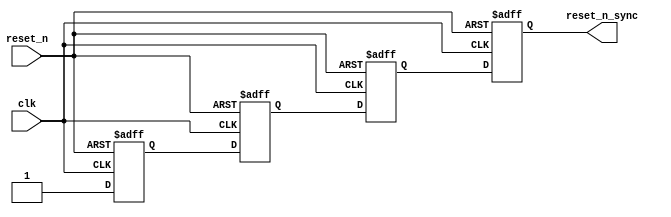
// (C) 2001-2013 Altera Corporation. All rights reserved.
// Your use of Altera Corporation's design tools, logic functions and other 
// software and tools, and its AMPP partner logic functions, and any output 
// files any of the foregoing (including device programming or simulation 
// files), and any associated documentation or information are expressly subject 
// to the terms and conditions of the Altera Program License Subscription 
// Agreement, Altera MegaCore Function License Agreement, or other applicable 
// license agreement, including, without limitation, that your use is for the 
// sole purpose of programming logic devices manufactured by Altera and sold by 
// Altera or its authorized distributors.  Please refer to the applicable 
// agreement for further details.



`timescale 1 ps / 1 ps

module hps_sdram_p0_reset_sync(
	reset_n,
	clk,
	reset_n_sync
);

parameter RESET_SYNC_STAGES = 4;
parameter NUM_RESET_OUTPUT = 1;

input	reset_n;
input	clk;
output	[NUM_RESET_OUTPUT-1:0] reset_n_sync;




// identify the synchronizer chain so that Quartus can analyze metastability.
// Since these resets are localized to the PHY alone, make them routed locally
// to avoid using global networks.
(* altera_attribute = {"-name SYNCHRONIZER_IDENTIFICATION FORCED_IF_ASYNCHRONOUS; -name GLOBAL_SIGNAL OFF"}*) reg	[RESET_SYNC_STAGES+NUM_RESET_OUTPUT-2:0] reset_reg /*synthesis dont_merge */;

generate
genvar i;
	for (i=0; i<RESET_SYNC_STAGES+NUM_RESET_OUTPUT-1; i=i+1)
	begin: reset_stage
		always @(posedge clk or negedge reset_n)
		begin
			if (~reset_n)
				reset_reg[i] <= 1'b0;
			else
			begin
				if (i==0)
					reset_reg[i] <= 1'b1;
				else if (i < RESET_SYNC_STAGES)
					reset_reg[i] <= reset_reg[i-1];
				else
					reset_reg[i] <= reset_reg[RESET_SYNC_STAGES-2];
				
			end
		end
	end
endgenerate

	assign reset_n_sync = reset_reg[RESET_SYNC_STAGES+NUM_RESET_OUTPUT-2:RESET_SYNC_STAGES-1];

endmodule